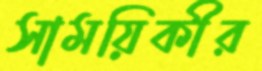
সাময়িকীর